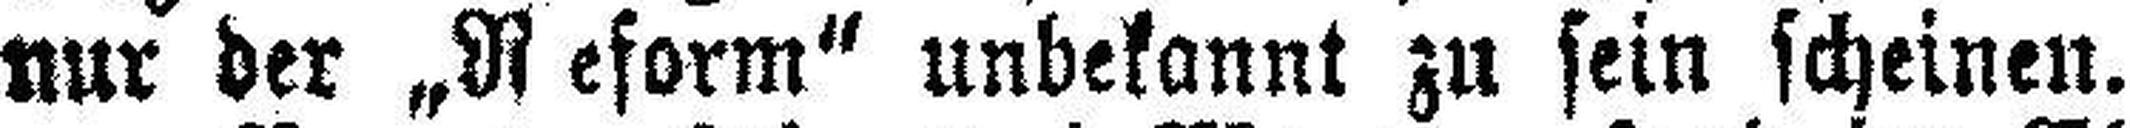
nur der „Reform“ unbekannt zu sein scheinen.